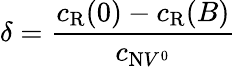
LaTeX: \delta=\frac{c_{\mathrm{R}}(0)-c_{\mathrm{R}}(B)}{c_{\mathrm{N}V^{0}}}